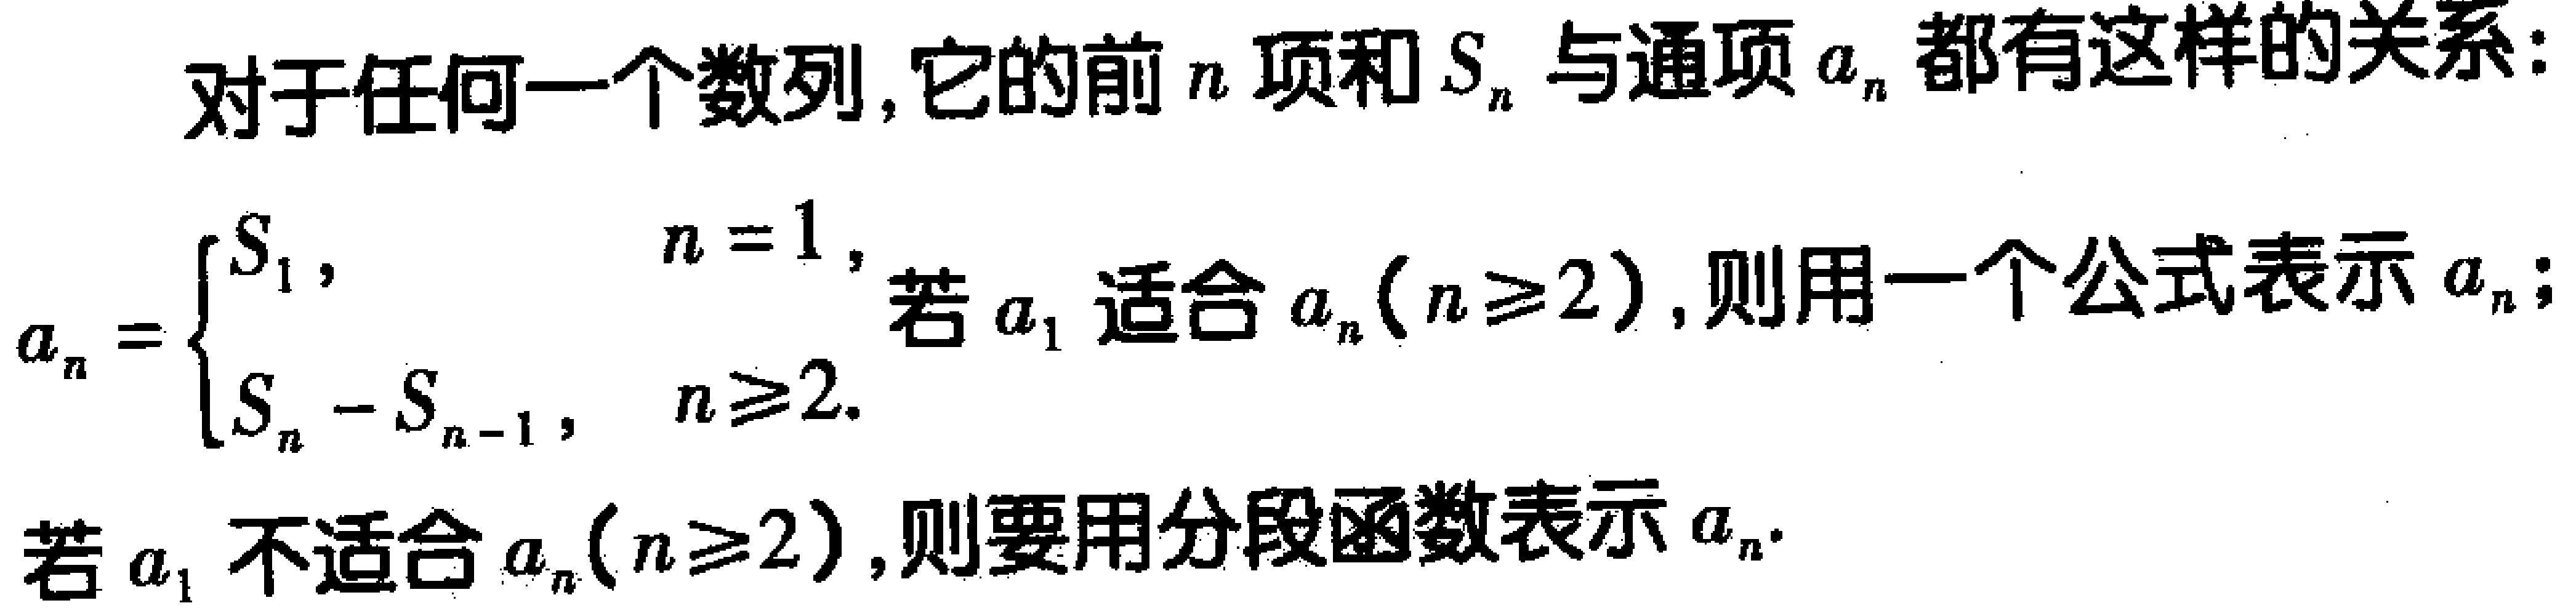
对于任何一个数列，它的前 \(n\) 项和 \(S_{n}\) 与通项 \(a_{n}\) 都有这样的关系：
\[a_{n}=
\begin{cases}
S_{1},&n = 1,\\
S_{n}-S_{n - 1},&n\geq2.
\end{cases}
\]
若 \(a_{1}\) 适合 \(a_{n}(n\geq2)\)，则用一个公式表示 \(a_{n}\)；
若 \(a_{1}\) 不适合 \(a_{n}(n\geq2)\)，则要用分段函数表示 \(a_{n}\)。